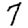
Digit: 7